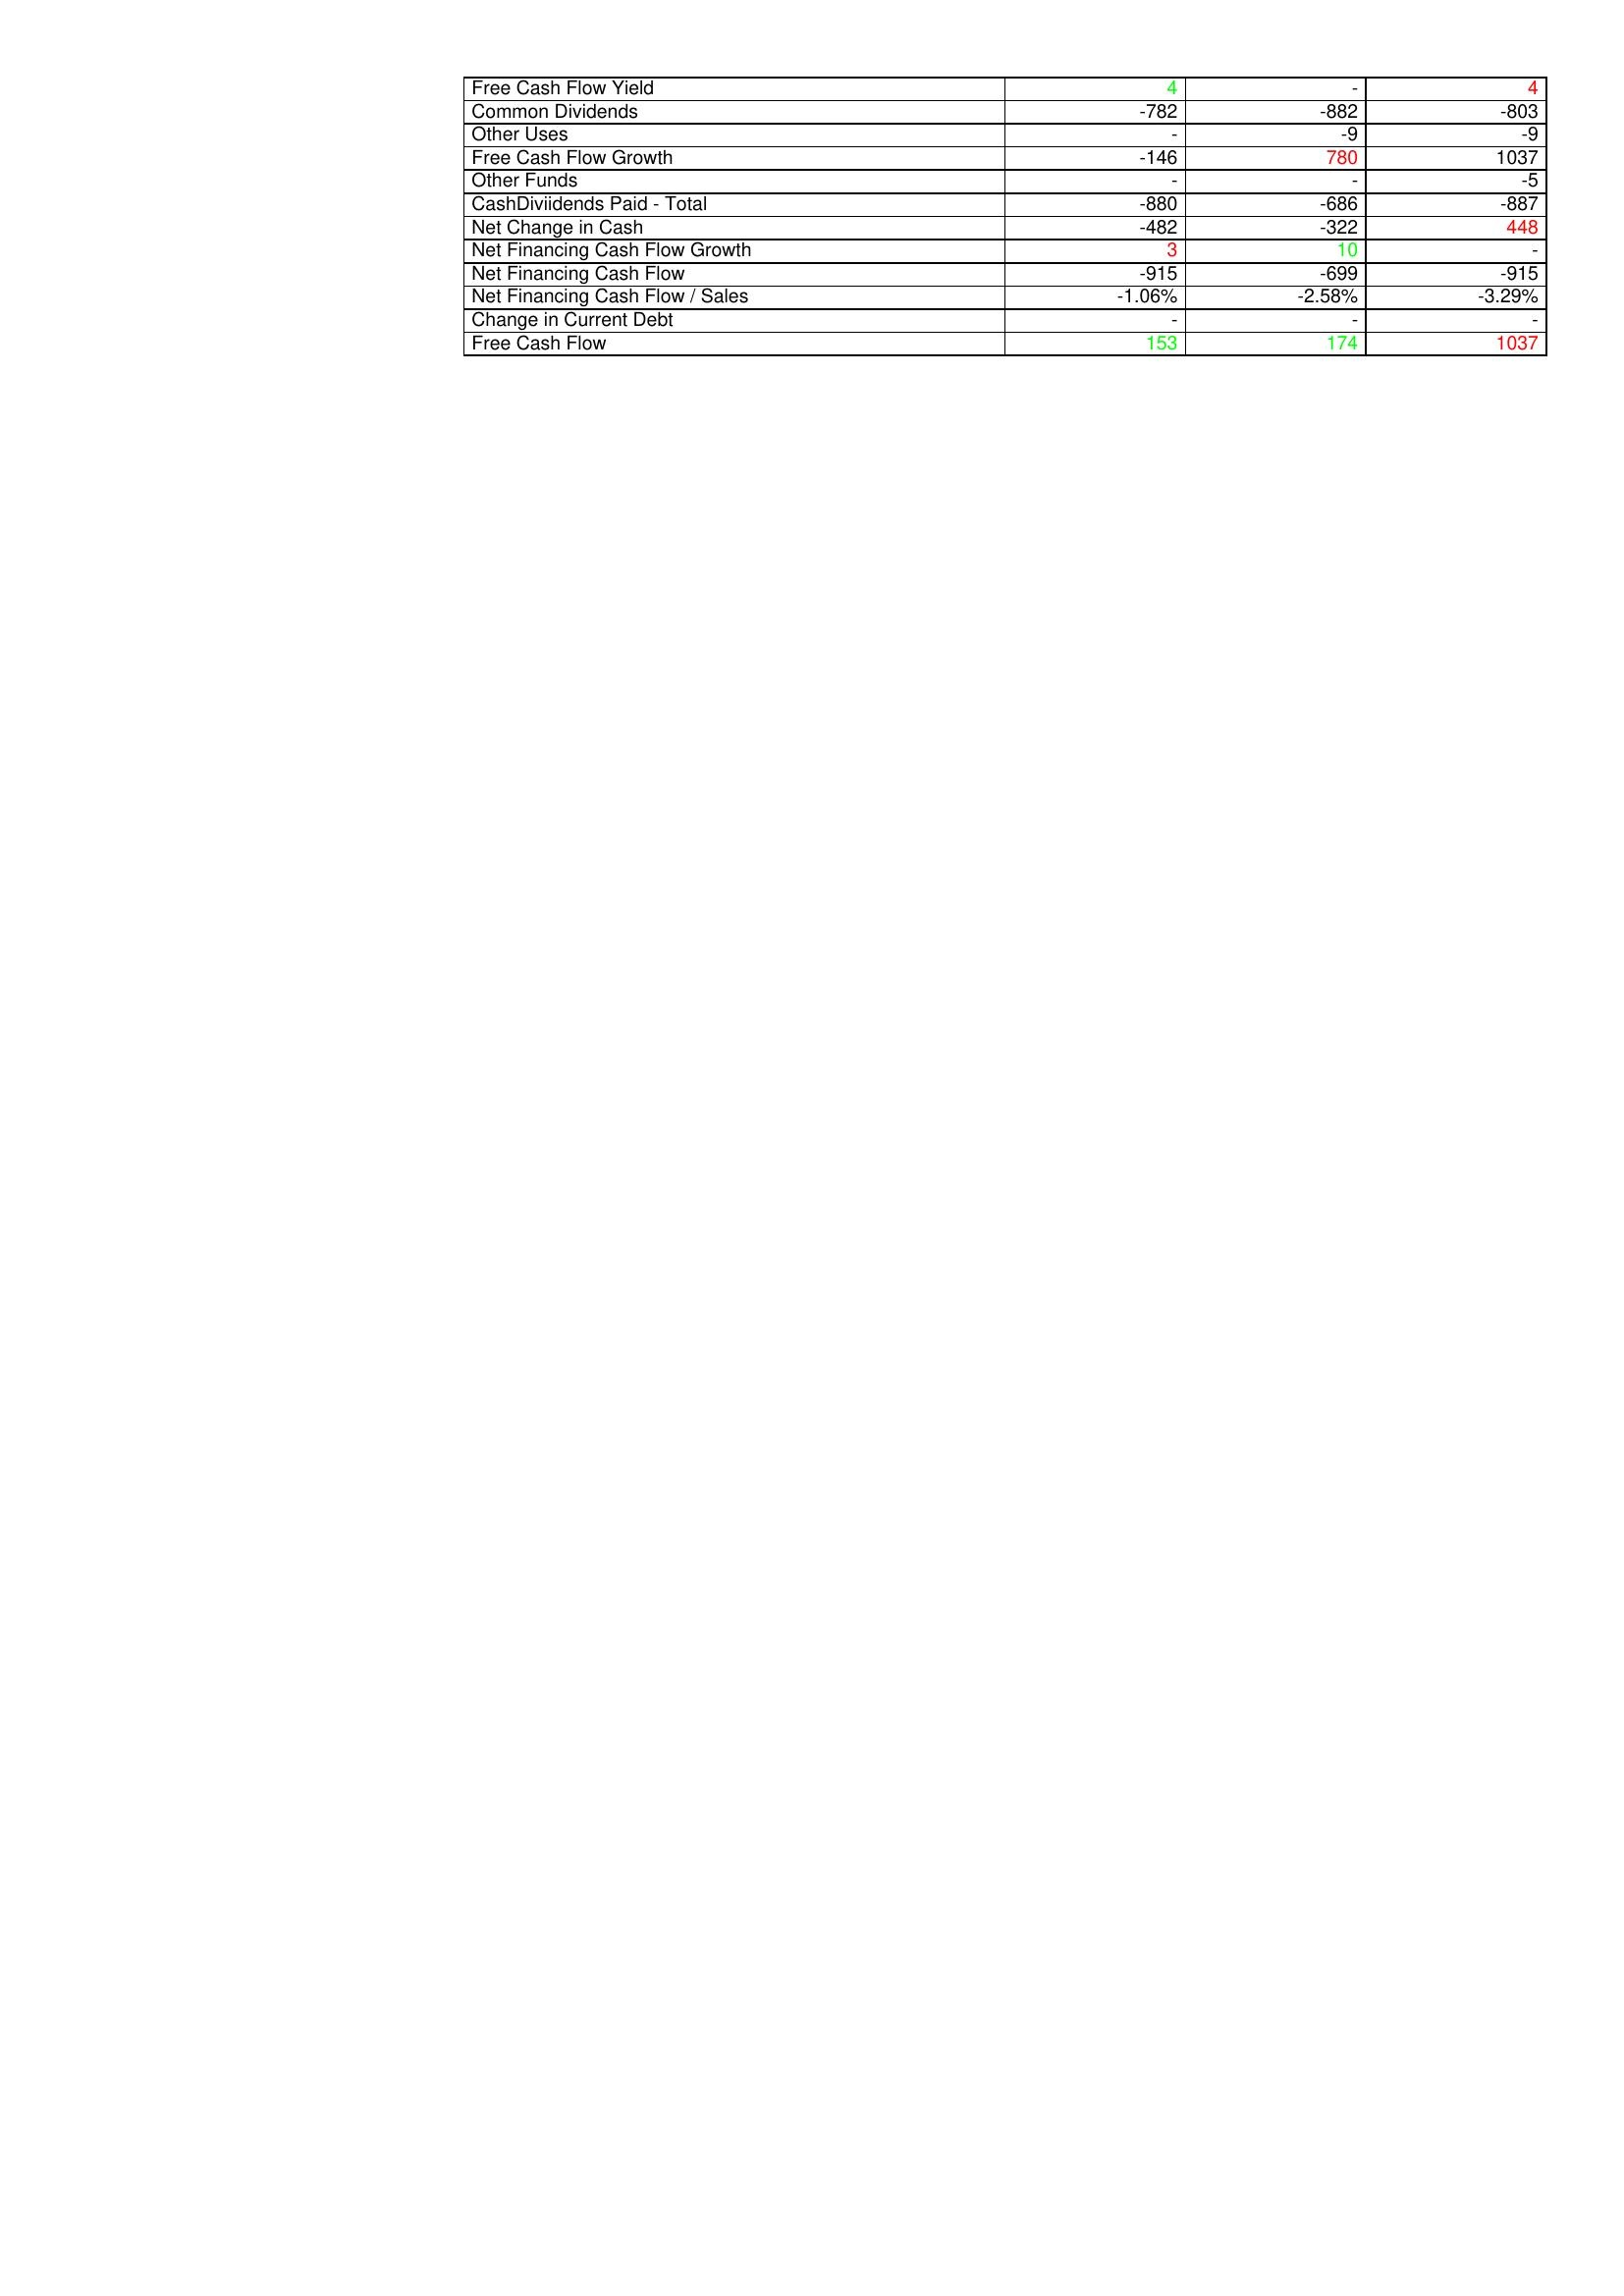
gt_parse: 2019: Financing Activities: Free Cash Flow Yield: 4
Common Dividends: -782
Other Uses: -
Free Cash Flow Growth: -146
Other Funds: -
CashDiviidends Paid - Total: -880
Net Change in Cash: -482
Net Financing Cash Flow Growth: 3
Net Financing Cash Flow: -915
Net Financing Cash Flow / Sales: -1.06%
Change in Current Debt: -
Free Cash Flow: 153
2020: Financing Activities: Free Cash Flow Yield: -
Common Dividends: -882
Other Uses: -9
Free Cash Flow Growth: 780
Other Funds: -
CashDiviidends Paid - Total: -686
Net Change in Cash: -322
Net Financing Cash Flow Growth: 10
Net Financing Cash Flow: -699
Net Financing Cash Flow / Sales: -2.58%
Change in Current Debt: -
Free Cash Flow: 174
2021: Financing Activities: Free Cash Flow Yield: 4
Common Dividends: -803
Other Uses: -9
Free Cash Flow Growth: 1037
Other Funds: -5
CashDiviidends Paid - Total: -887
Net Change in Cash: 448
Net Financing Cash Flow Growth: -
Net Financing Cash Flow: -915
Net Financing Cash Flow / Sales: -3.29%
Change in Current Debt: -
Free Cash Flow: 1037